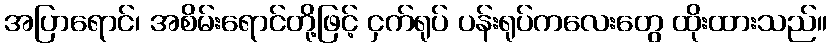
အပြာရောင်၊ အစိမ်းရောင်တို့ဖြင့် ငှက်ရုပ် ပန်းရုပ်ကလေးတွေ ထိုးထားသည်။